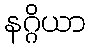
နဂ္ဂိယာ